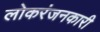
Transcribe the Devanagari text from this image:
लोकरंजनकारी